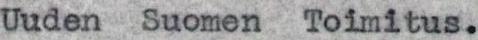
Uuden Suomen Toimitus.